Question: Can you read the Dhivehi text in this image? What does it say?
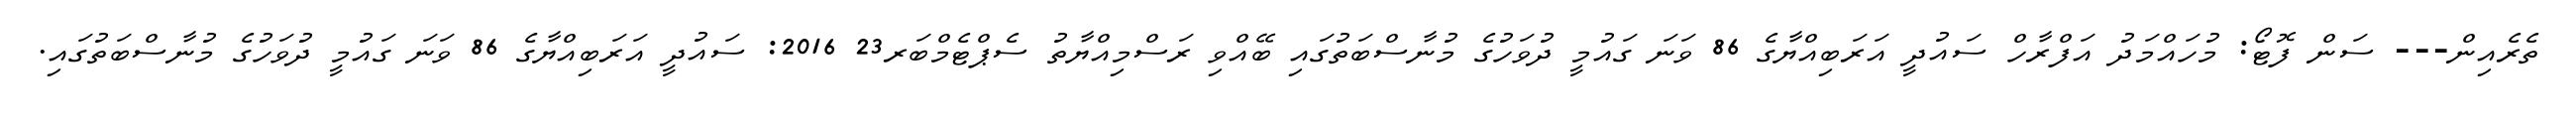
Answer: ތެރެއިން--- ސަން ފޮޓޯ: މުހައްމަދު އަފްރާހް ސައުދީ އަރަބިއްޔާގެ 86 ވަނަ ގައުމީ ދުވަހުގެ މުނާސްބަތުގައި ބޭއްވި ރަސްމިއްޔާތު ސެޕްޓެމްބަރ23 2016: ސައުދީ އަރަބިއްޔާގެ 86 ވަނަ ގައުމީ ދުވަހުގެ މުނާސްބަތުގައި.